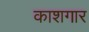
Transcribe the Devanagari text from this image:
काशगार